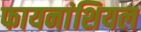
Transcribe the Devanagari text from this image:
फायनांशियल